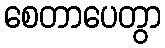
စေတာပေတွာ